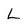
Character: L